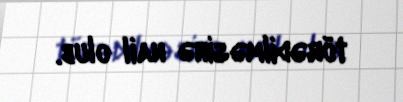
törədilməsinə nail olub.